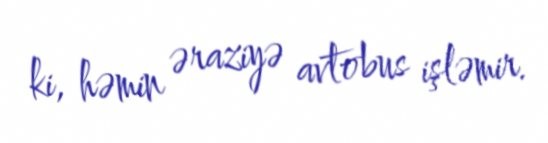
ki, həmin əraziyə avtobus işləmir.